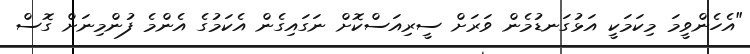
"އެހެންވީމަ މިކަމަކީ އަޅުގަނޑުމެން ވަރަށް ސީރިއަސްކޮށް ނަގައިގެން އެކަމުގެ އެންމެ ފުންމިނަށް ގޮސް